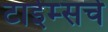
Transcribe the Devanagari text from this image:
टाईम्सचे